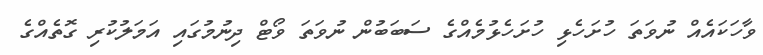
ވާހަކައެއް ނުވަތަ ހުށަހެޅި ހުށަހެޅުމެއްގެ ސަބަބުން ނުވަތަ ވޯޓް ދިނުމުގައި އަމަލުކުރި ގޮތެއްގެ